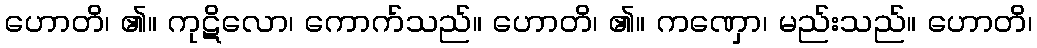
ဟောတိ၊ ၏။ ကုဋိလော၊ ကောက်သည်။ ဟောတိ၊ ၏။ ကဏှော၊ မည်းသည်။ ဟောတိ၊